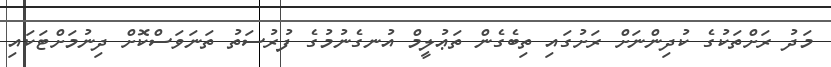
މަދު ރަށްތަކުގެ ކުދިންނަށް ރަށުގައި ތިބެގެން ތަޢުލީމް އުނގެނުމުގެ ފުރުސަތު ތަނަވަސްކޮށް ދިނުމަށްޓަކައި